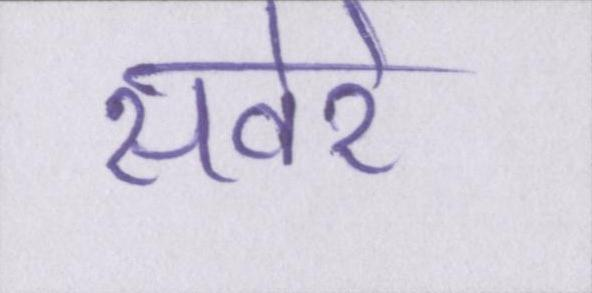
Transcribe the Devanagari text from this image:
सवेरे